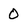
Character: 0